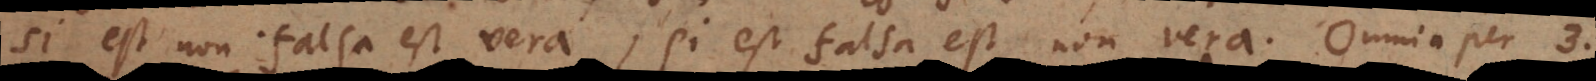
si est non falsa est vera; si est falsa est non vera. Omnia per 3.